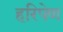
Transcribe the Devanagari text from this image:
हरिपेण